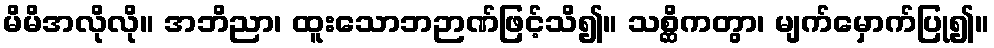
မိမိအလိုလို။ အဘိညာ၊ ထူးသောဘဉာဏ်ဖြင့်သိ၍။ သစ္ဆိကတွာ၊ မျက်မှောက်ပြု၍။